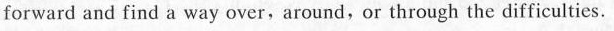
forward and find a way over,around,or through the difficulties.